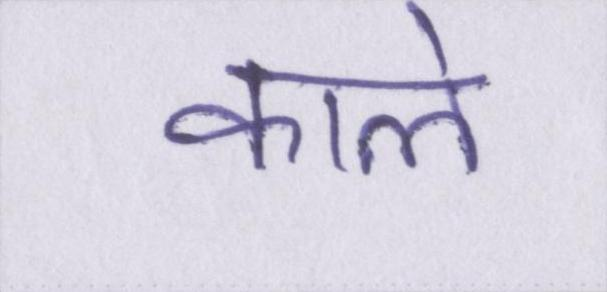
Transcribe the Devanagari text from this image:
काले